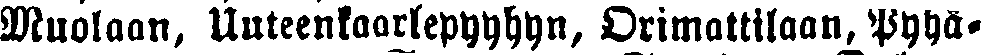
Muolaan, Uuteenkaarlepyyhyn, Orimattilaan, Pyhä-